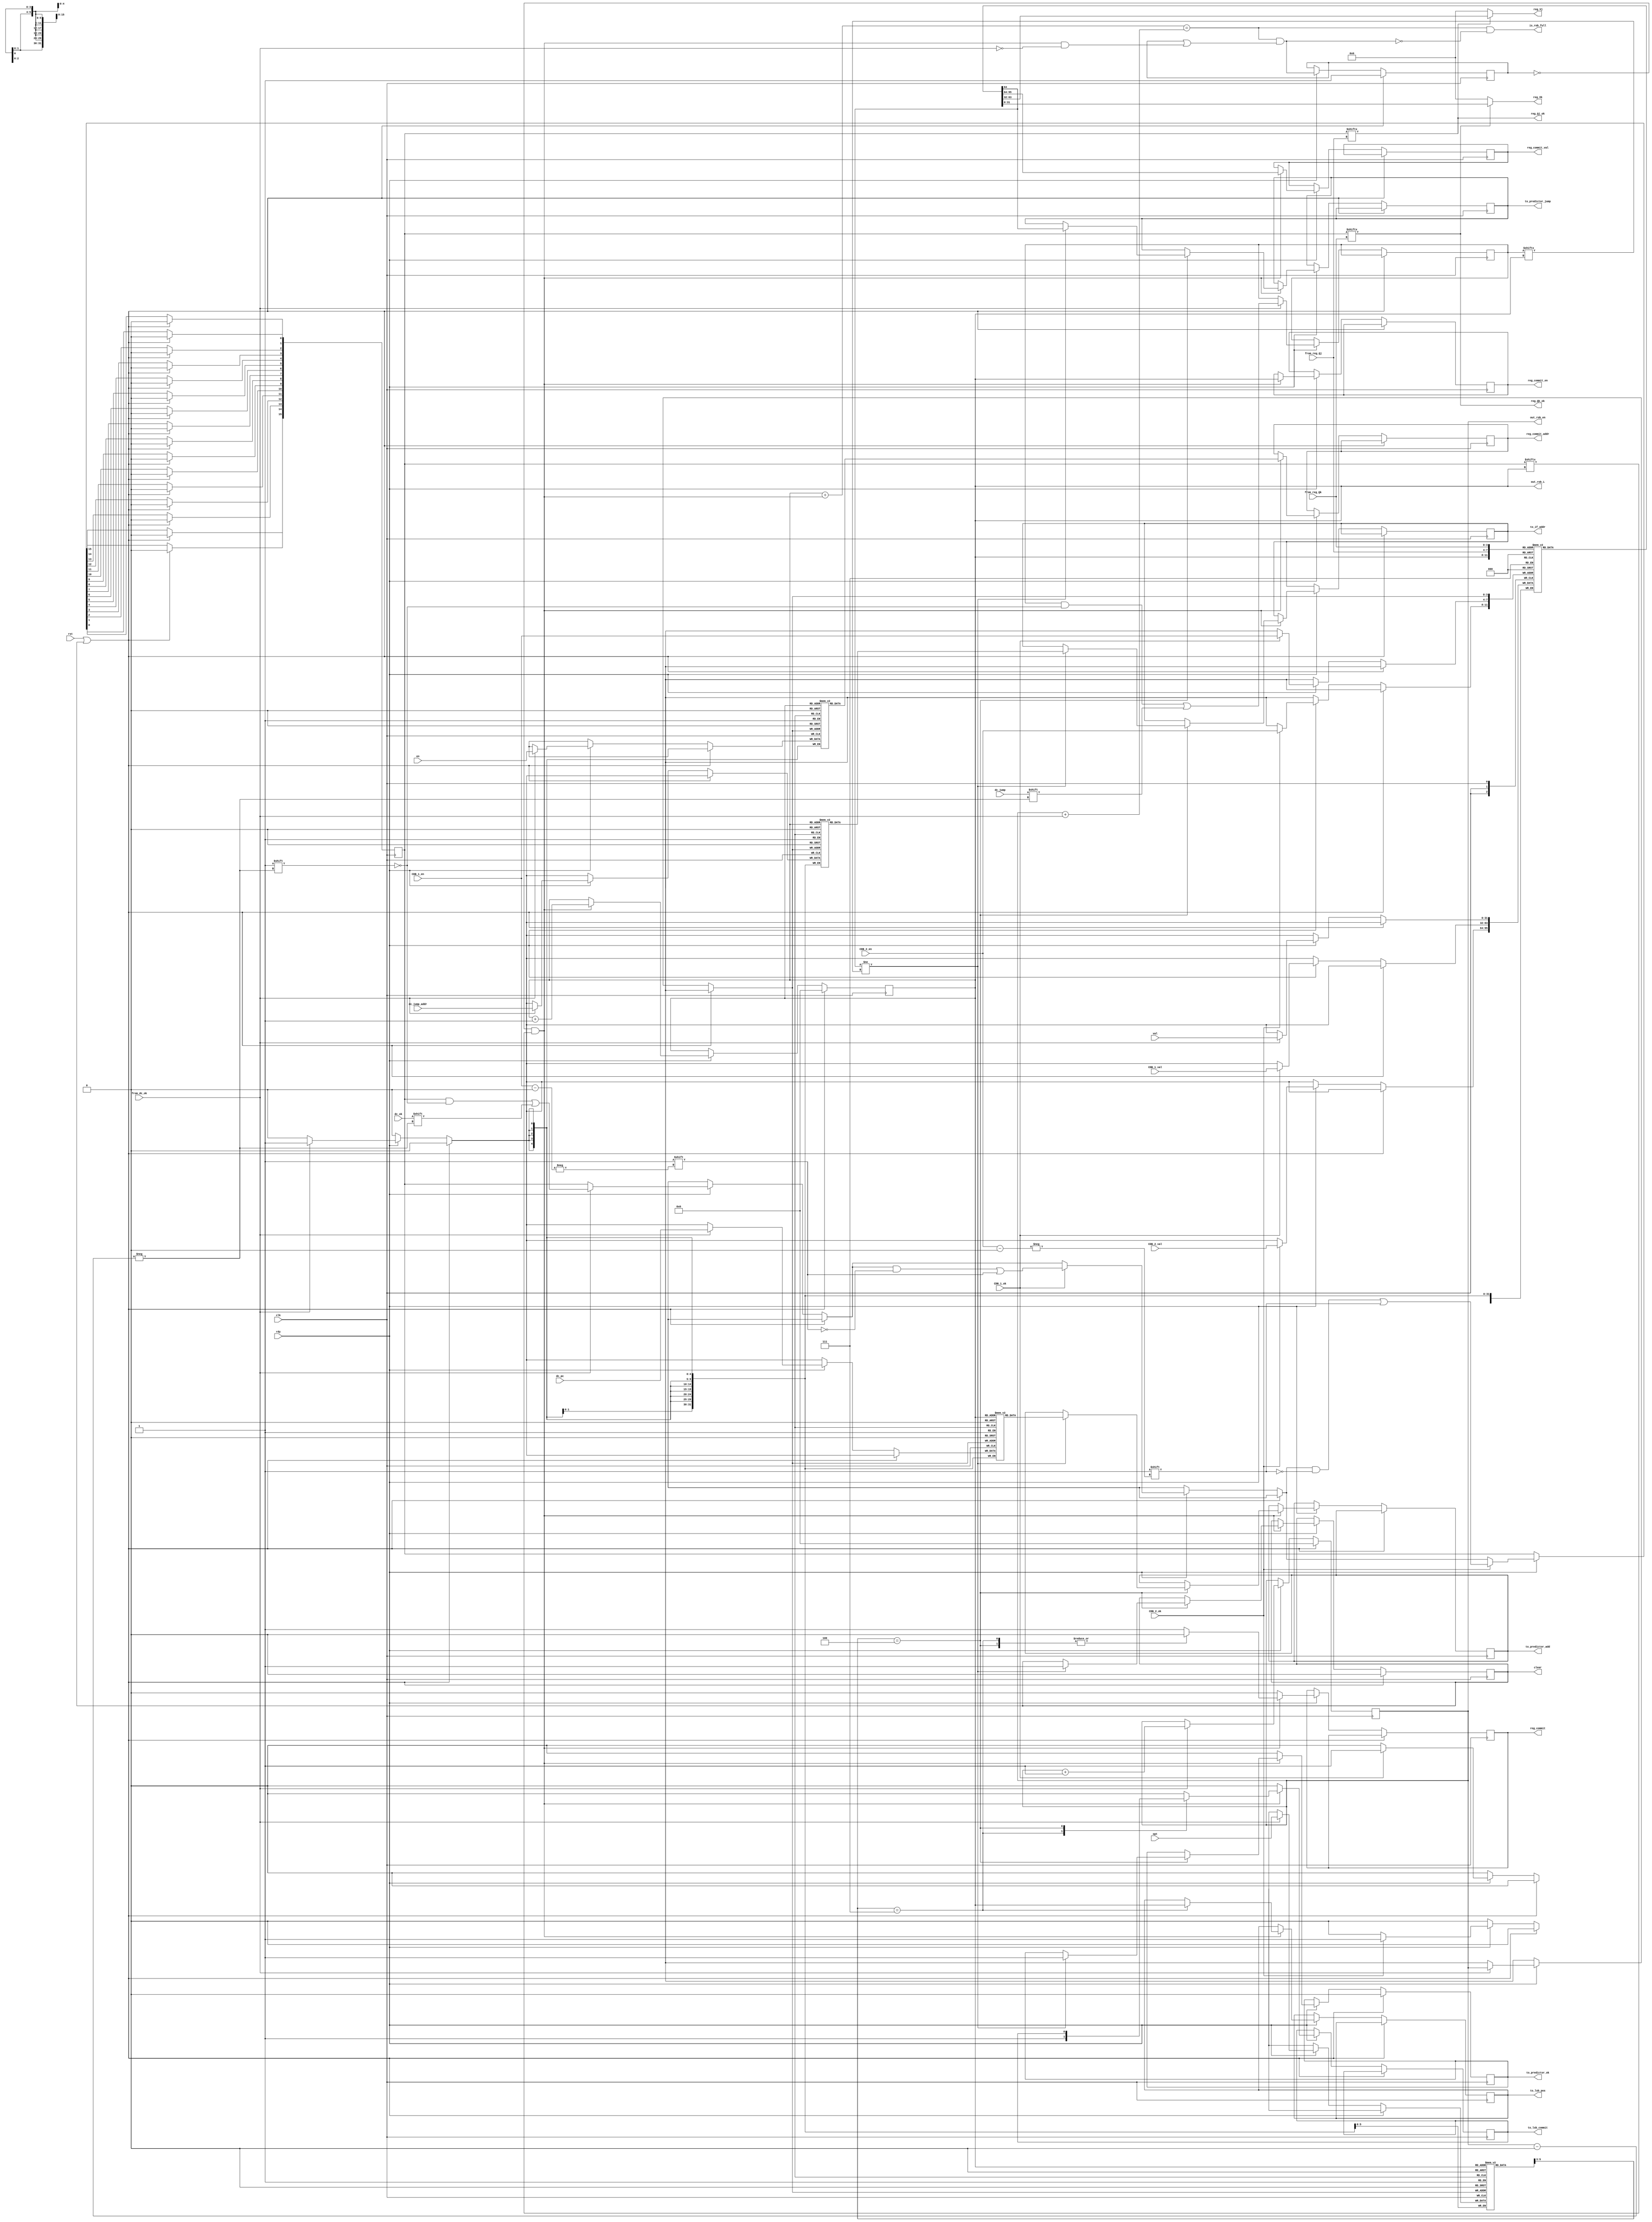
`define ROB_SIZE 15:0
`define ROB_LEN 16
// `define DEBUG_ALL

module ROB (
    input wire clk,
    input wire rst,
    input wire rdy,

    input wire        from_dc_ok,
    input wire [ 5:0] opt,
    input wire [31:0] val,
    input wire [ 4:0] en,
    input wire        dc_ok,
    input wire        dc_jump,
    input wire [31:0] dc_pc,
    input wire [31:0] dc_jump_addr,
    
    output wire is_rob_full,
    output reg clear,

    output wire [3:0] out_rob_en,
    output wire [3:0] out_rob_L,

    output reg        to_predictor_ok,
    output reg [31:0] to_predictor_add,
    output reg        to_predictor_jump,

    output reg [31:0] to_if_addr,

    output reg        reg_commit,
    output reg [ 3:0] reg_commit_en,
    output reg [31:0] reg_commit_val,
    output reg [ 4:0] reg_commit_addr,

    output reg        to_lsb_commit,
    output reg [ 3:0] to_lsb_pos,
    // output reg [31:0] to_lsb_val,

    input wire  [ 3:0] from_reg_Qj,
    input wire  [ 3:0] from_reg_Qk,
    output wire        reg_Qj_ok,
    output wire        reg_Qk_ok,
    output wire [31:0] reg_Vj,
    output wire [31:0] reg_Vk,

    input wire        CDB_1_ok,
    input wire [ 3:0] CDB_1_en,
    input wire [31:0] CDB_1_val,

    input wire        CDB_2_ok,
    input wire [ 3:0] CDB_2_en,
    input wire [31:0] CDB_2_val
);
integer i;
reg [ 3:0] L, R;
reg [`ROB_SIZE] ok, jp;
reg [ 5:0] op[`ROB_SIZE];
reg [31:0] Val[`ROB_SIZE];
reg [31:0] pc[`ROB_SIZE], jpc[`ROB_SIZE];
reg [ 4:0] Qr[ `ROB_SIZE];

assign reg_Qj_ok = ok[from_reg_Qj];
assign reg_Qk_ok = ok[from_reg_Qk];
assign reg_Vj = ok[from_reg_Qj] ? Val[from_reg_Qj] : 0;
assign reg_Vk = ok[from_reg_Qk] ? Val[from_reg_Qk] : 0;

assign out_rob_en = R;
assign out_rob_L = L;

reg emp;
wire is_commit = !emp && ok[L];
wire [3:0] nL = L + is_commit;
wire [3:0] nR = R + from_dc_ok;
wire nemp = nL == nR && (emp || is_commit && !from_dc_ok);
assign is_rob_full = (nL == nR) && !nemp;

reg[31:0] time_cur;

always @(posedge clk) begin
    if (rst || clear) begin
        if (rst) begin
            time_cur <= 0;
        end else begin
            time_cur <= time_cur + 2;
        end
        clear <= 0;
        emp <= 1;
        to_predictor_ok <= 0;
        L <= 0; R <= 0;
        for (i = 0; i < `ROB_LEN; i = i + 1) begin
            ok[i] <= 0;
        end
    end
    else if(!rdy) begin
        
    end
    else begin
        time_cur <= time_cur + 2;
        if (from_dc_ok) begin
            op[R] <= opt; jp[R] <= dc_jump;
            ok[R] <= dc_ok; pc[R] <= dc_pc;
            jpc[R] <= dc_jump_addr; Qr[R] <= en;
            Val[R] <= val;
            R <= R + 1;
        end
        if (is_commit) begin
            reg_commit_addr <= Qr[L];
            reg_commit_en <= L;
            reg_commit_val <= Val[L];
            case (op[L][5:3])
                // L-type
                3'b101 : begin
                    reg_commit <= 1;
                    to_lsb_commit <= 0;
`ifdef DEBUG_ALL
                    $display("pc: %x reg: %x val: %x", pc[L], Qr[L], Val[L]);
                    // $display("time_cur: %x pc: %x reg: %x val: %x", time_cur, pc[L], Qr[L], Val[L]);
`endif
                end
                // S-type
                3'b111 : begin
                    to_lsb_commit <= 1;
                    reg_commit <= 0;
                    to_lsb_pos <= L;
                    // to_lsb_val <= Val[L];
`ifdef DEBUG_ALL
                    $display("pc: %x store!!!", pc[L]);
                    // $display("time_cur: %x pc: %x store!!!", time_cur, pc[L]);
`endif
                end
                // B-type
                3'b100 : begin
                    reg_commit <= 0;
`ifdef DEBUG_ALL
                    $display("pc: %x is_jump: %x", pc[L], Val[L][0]);
`endif
                    if (Val[L][0] != jp[L]) begin
                        to_predictor_ok <= 1;
                        to_predictor_jump <= Val[L][0];
                        to_predictor_add <= pc[L];
                        to_if_addr <= jpc[L];
                        clear <= 1;
                    end
                end
                default: begin // arith, arithI, LUI, AUIPC, JAL
                    reg_commit <= 1;
                    to_lsb_commit <= 0;
`ifdef DEBUG_ALL
                    $display("pc: %x reg: %x val: %x", pc[L], Qr[L], Val[L]);
                    // $display("time_cur: %x pc: %x reg: %x val: %x", time_cur, pc[L], Qr[L], Val[L]);
`endif
                end
            endcase
            L <= L + 1;
        end
        else begin
            reg_commit <= 0;
            to_lsb_commit <= 0;
            to_predictor_ok <= 0;
        end

        if (CDB_1_ok) begin
            Val[CDB_1_en] <= CDB_1_val;
            ok[CDB_1_en] <= 1;
            // for (i = L; i != R; ++i) begin
            //     if (op[i][5:3] == 3'b111 && !ok[i]) begin
                    
            //     end
            // end
        end

        if (CDB_2_ok) begin
            Val[CDB_2_en] <= CDB_2_val;
            ok[CDB_2_en] <= 1;
        end

        emp <= nemp;
    end
end

endmodule //ROB